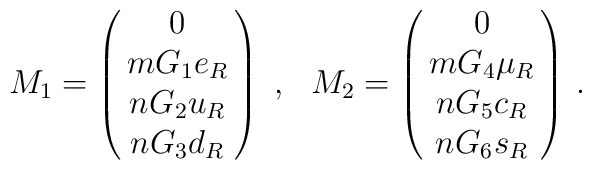
M_{1}=\pmatrix{0 \cr                      m G_1 e_R  \cr                      n G_2 u_R  \cr                      n G_3 d_R } ~,~~M_{2}=\pmatrix{0 \cr                      m G_4 \mu_R  \cr                      n G_5 c_R  \cr                      n G_6 s_R } \, .